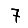
Digit: 7